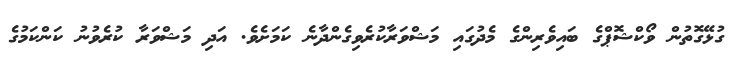
ގުޅޭގޮތުން ވޯކްޝޮޕްގެ ބައިވެރިންގެ މެދުގައި މަޝްވަރާކުރެވިގެންދާނެ ކަމަށެވެ. އަދި މަޝްވަރާ ކުރެވުނު ކަންކަމުގެ